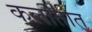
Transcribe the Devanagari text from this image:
कलातीत